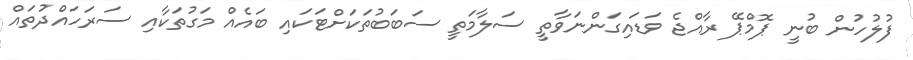
ފުލުހުން ބުނީ ޕޮމްޕޭ ރާއްޖެ ވަޑައިގަންނަވާތީ ސަލާމަތީ ސަބަބުތަކަށްޓަކައި ބައެއް މަގުތަކާއި ސަރަހައްދުތައް